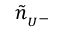
\tilde { n } _ { { } _ { U } - }